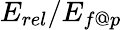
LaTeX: E_{rel}/E_{f@p}